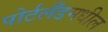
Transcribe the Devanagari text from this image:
पोर्टलँडमधील